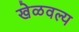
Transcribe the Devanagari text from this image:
खेळवल्य